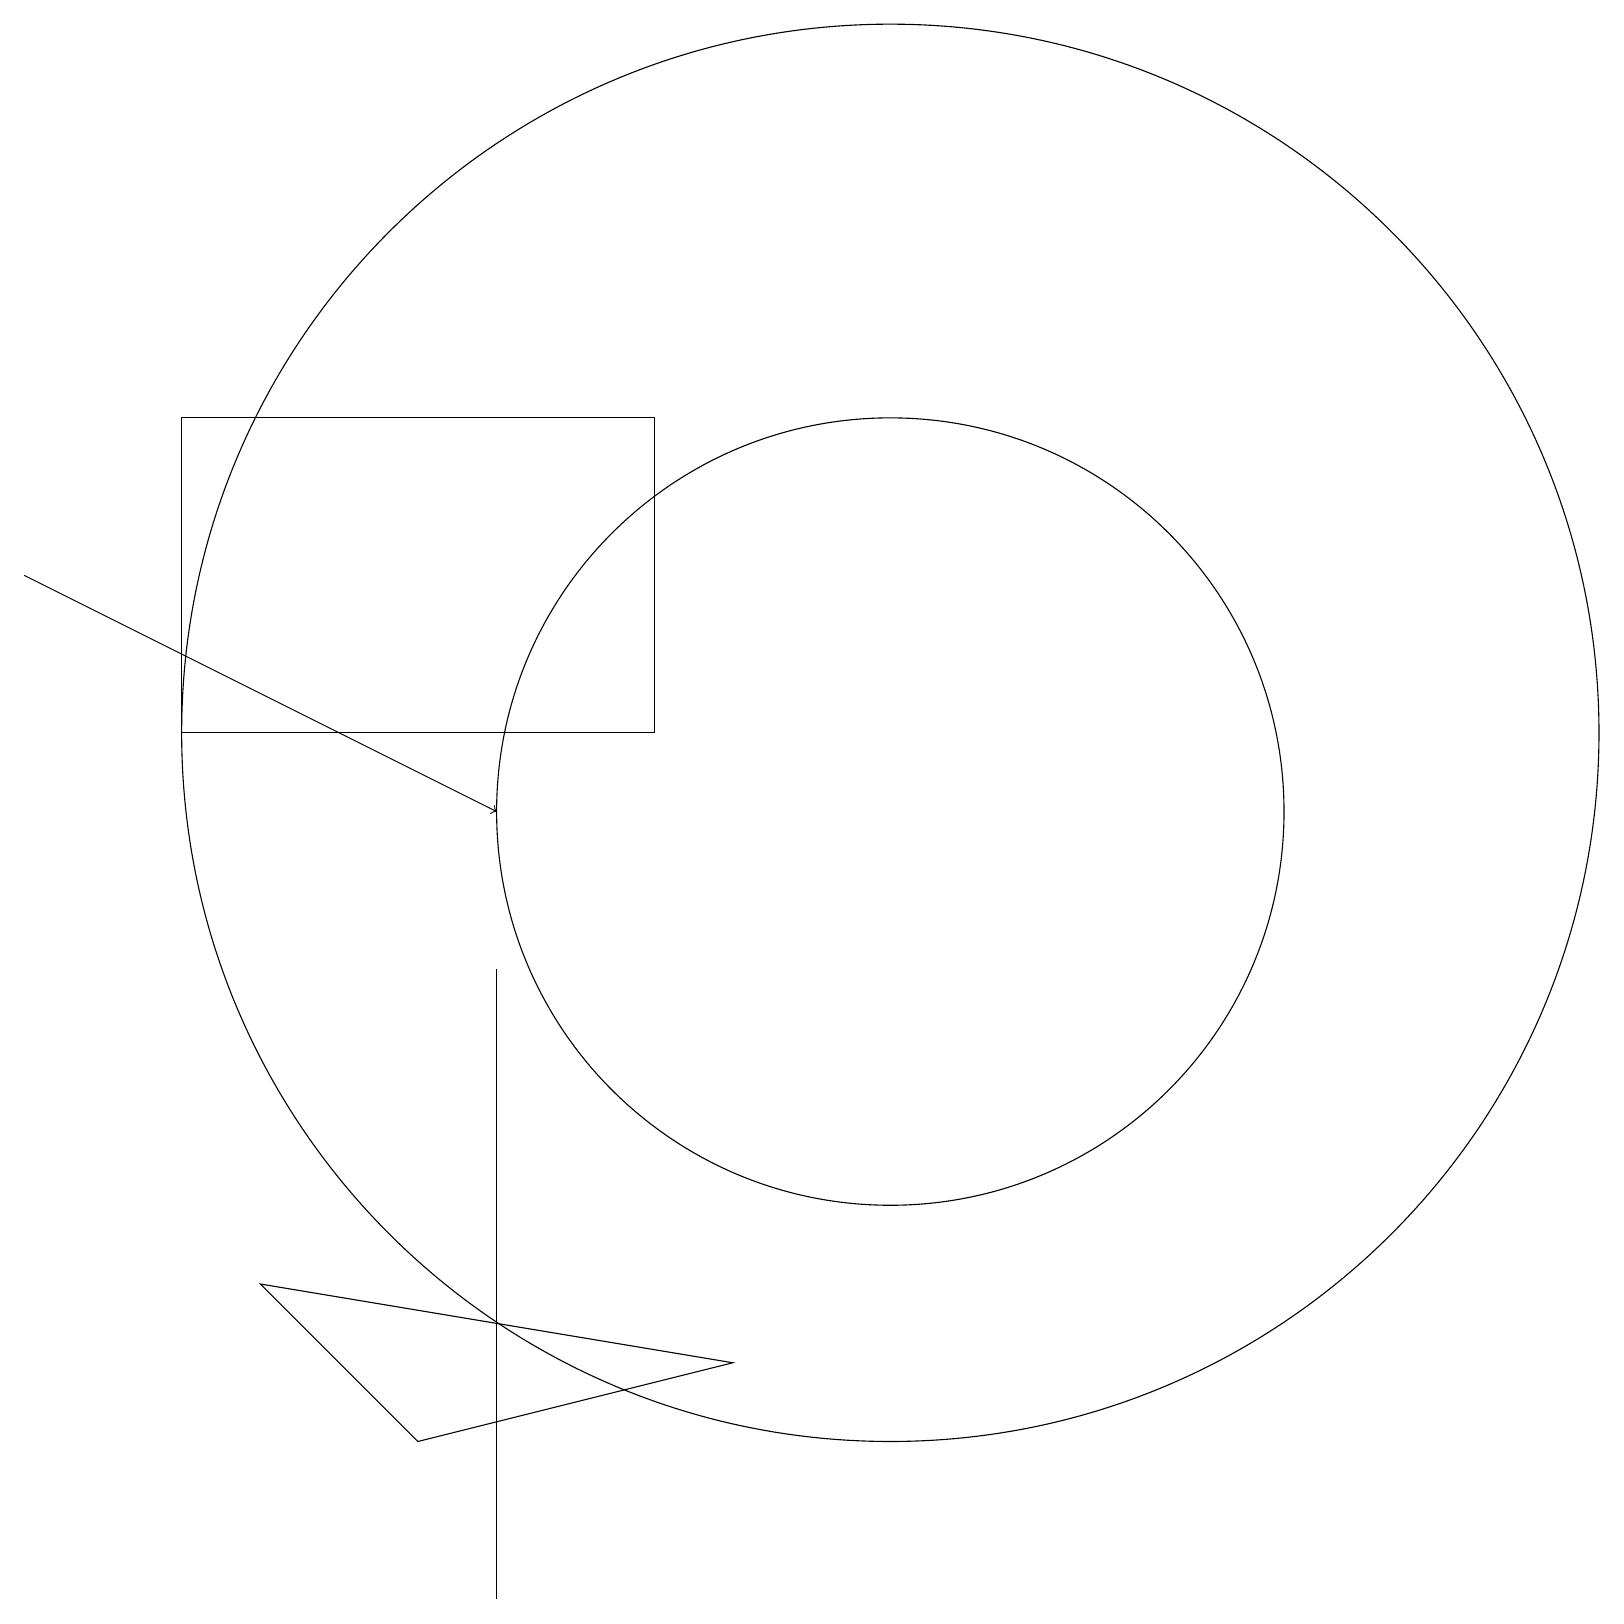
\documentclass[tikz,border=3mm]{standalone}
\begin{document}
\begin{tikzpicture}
\draw (5,2) -- (9,3) -- (3,4) -- cycle;
\draw (11,10) circle (5);
\draw[->] (0,13) -- (6,10);
\draw (11,11) circle (9);
\draw (6,0) -- (6,8) -- (6,3) -- cycle;
\draw (8,15) rectangle (2,11);
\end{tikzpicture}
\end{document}